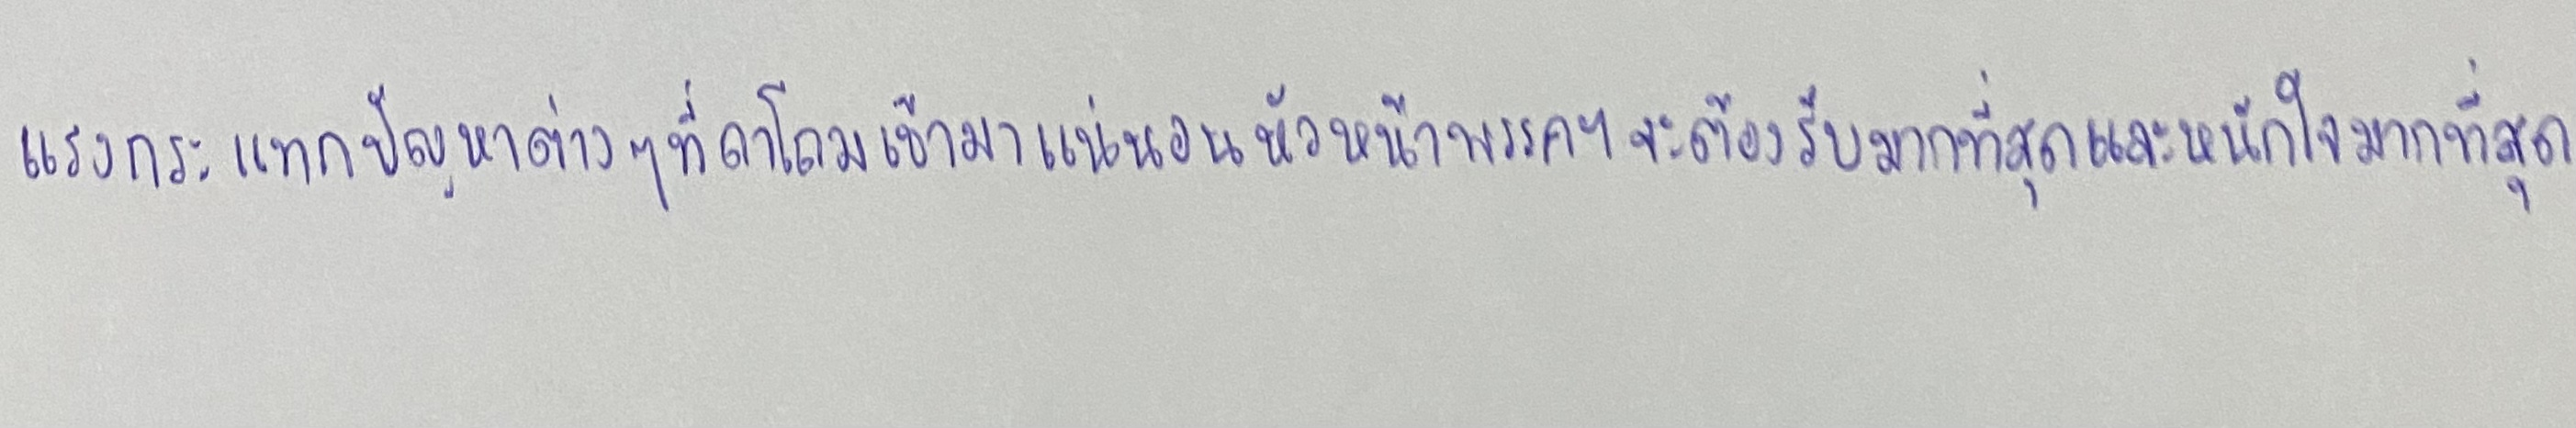
แรงกระแทกปัญหาต่างๆที่ถาโถมเข้ามาแน่นอนหัวหน้าพรรคฯจะต้องรับมากที่สุดและหนักใจมากที่สุด